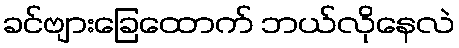
ခင်ဗျားခြေထောက် ဘယ်လိုနေလဲ